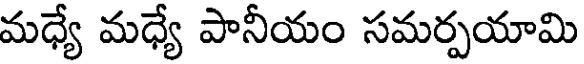
మధ్యే మధ్యే పానీయం సమర్పయామి